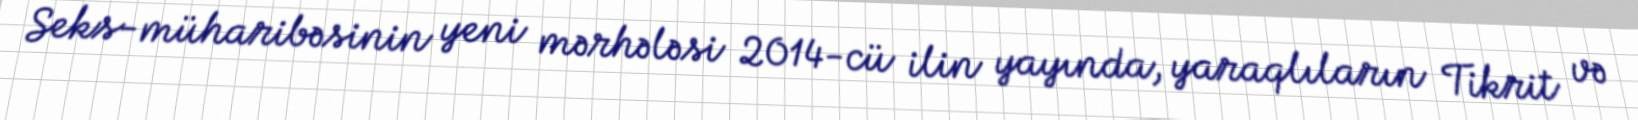
Seks-müharibəsinin yeni mərhələsi 2014-cü ilin yayında, yaraqlıların Tikrit və